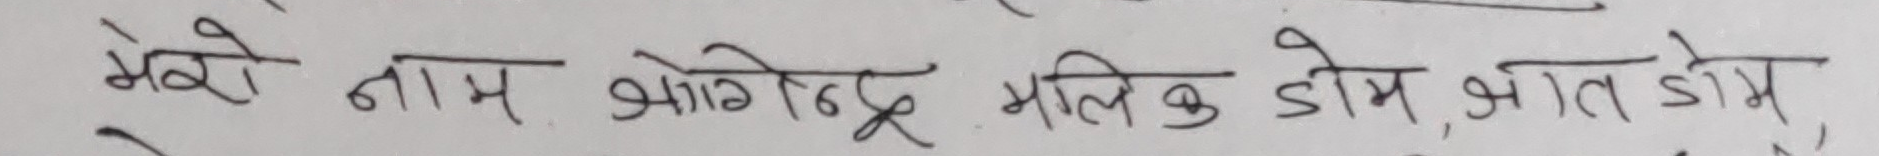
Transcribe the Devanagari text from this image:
मेरे नाम भोगेंद्र मलिक डोम, भगत डोम